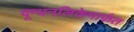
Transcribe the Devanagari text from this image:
दूग्धनलिकेमार्फत